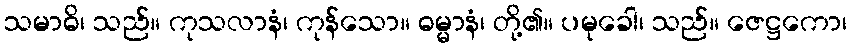
သမာဓိ၊ သည်။ ကုသလာနံ၊ ကုန်သော။ ဓမ္မာနံ၊ တို့၏။ ပမုခေါ၊ သည်။ ဇေဋ္ဌကော၊